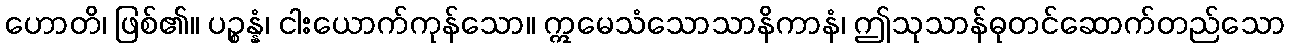
ဟောတိ၊ ဖြစ်၏။ ပဉ္စန္နံ၊ ငါးယောက်ကုန်သော။ ဣမေသံသောသာနိကာနံ၊ ဤသုသာန်ဓုတင်ဆောက်တည်သော